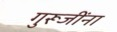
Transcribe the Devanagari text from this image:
गुरूजींना